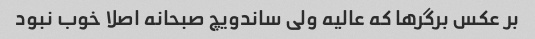
بر عکس برگر‌ها که عالیه ولی ساندویچ صبحانه اصلا خوب نبود